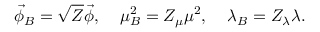
\vec { \phi } _ { B } = \sqrt { Z } \vec { \phi } , \; \; \; \; \mu _ { B } ^ { 2 } = Z _ { \mu } \mu ^ { 2 } , \; \; \; \; \lambda _ { B } = Z _ { \lambda } \lambda .